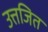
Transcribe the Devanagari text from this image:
उत्तजित